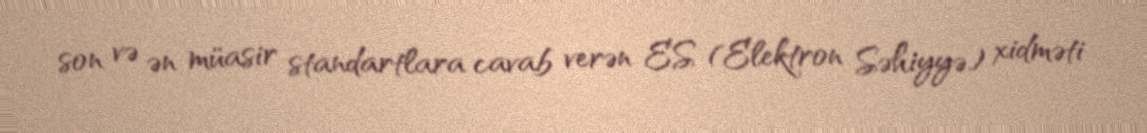
son və ən müasir standartlara cavab verən ES (Elektron Səhiyyə) xidməti